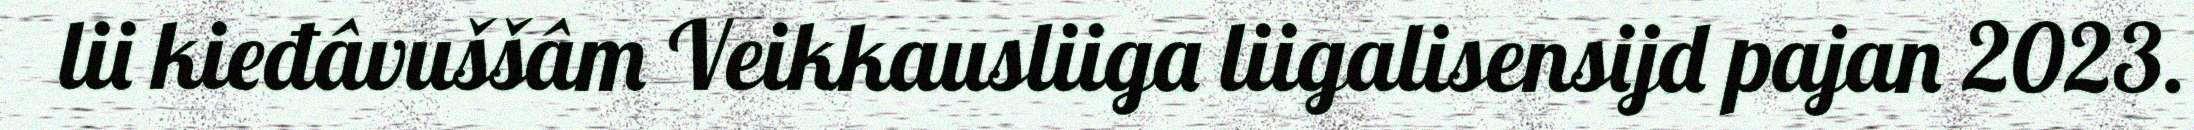
lii kieđâvuššâm Veikkausliiga liigalisensijd pajan 2023.